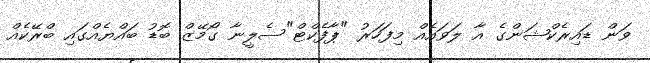
ވަން ޑައިރެކްޝަންގެ އާ ލަވައެއް މިފަހަރު "ޕާފެކްޓް"ސެލީނާ ގޯމޭޒް ބޮޑު ބައްޔެއްގައި ބްރޭކެއް